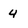
Character: 4